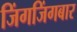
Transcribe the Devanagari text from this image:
जिंगजिंगबार